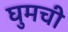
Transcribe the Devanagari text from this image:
घुमची